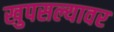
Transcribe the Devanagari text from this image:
खुपसल्यावर